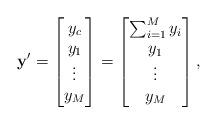
LaTeX: \begin{align*} \mathbf{y}'=\begin{bmatrix} y_c\\ y_1\\ \vdots\\ y_M \end{bmatrix}=\begin{bmatrix} \sum_{i=1}^{M} y_i\\ y_1\\ \vdots\\ y_M \end{bmatrix},\end{align*}